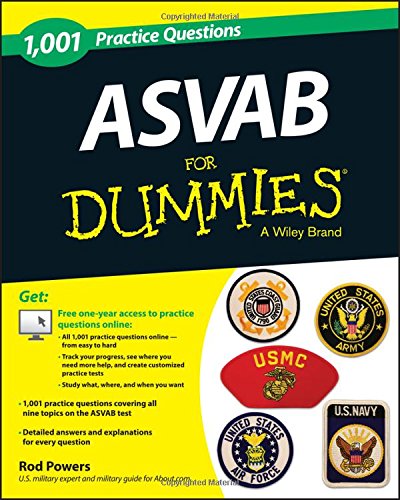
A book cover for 1,001 ASVAB Practice Questions For Dummies (+ Free Online Practice); Rod Powers; Test Preparation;